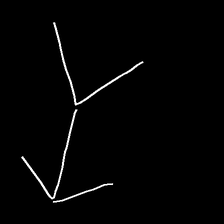
Glyph: gather